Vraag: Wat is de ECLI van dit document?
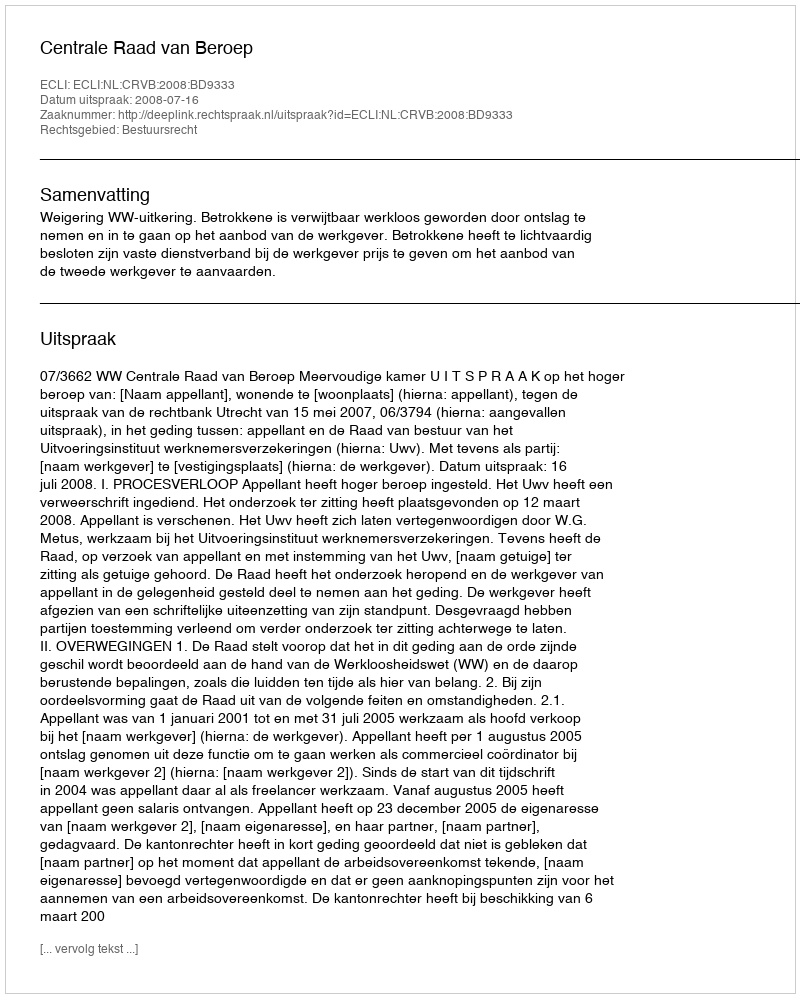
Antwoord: ECLI:NL:CRVB:2008:BD9333